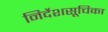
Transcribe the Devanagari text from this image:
निर्देशसूचिका